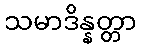
သမာဒိန္နတ္တာ